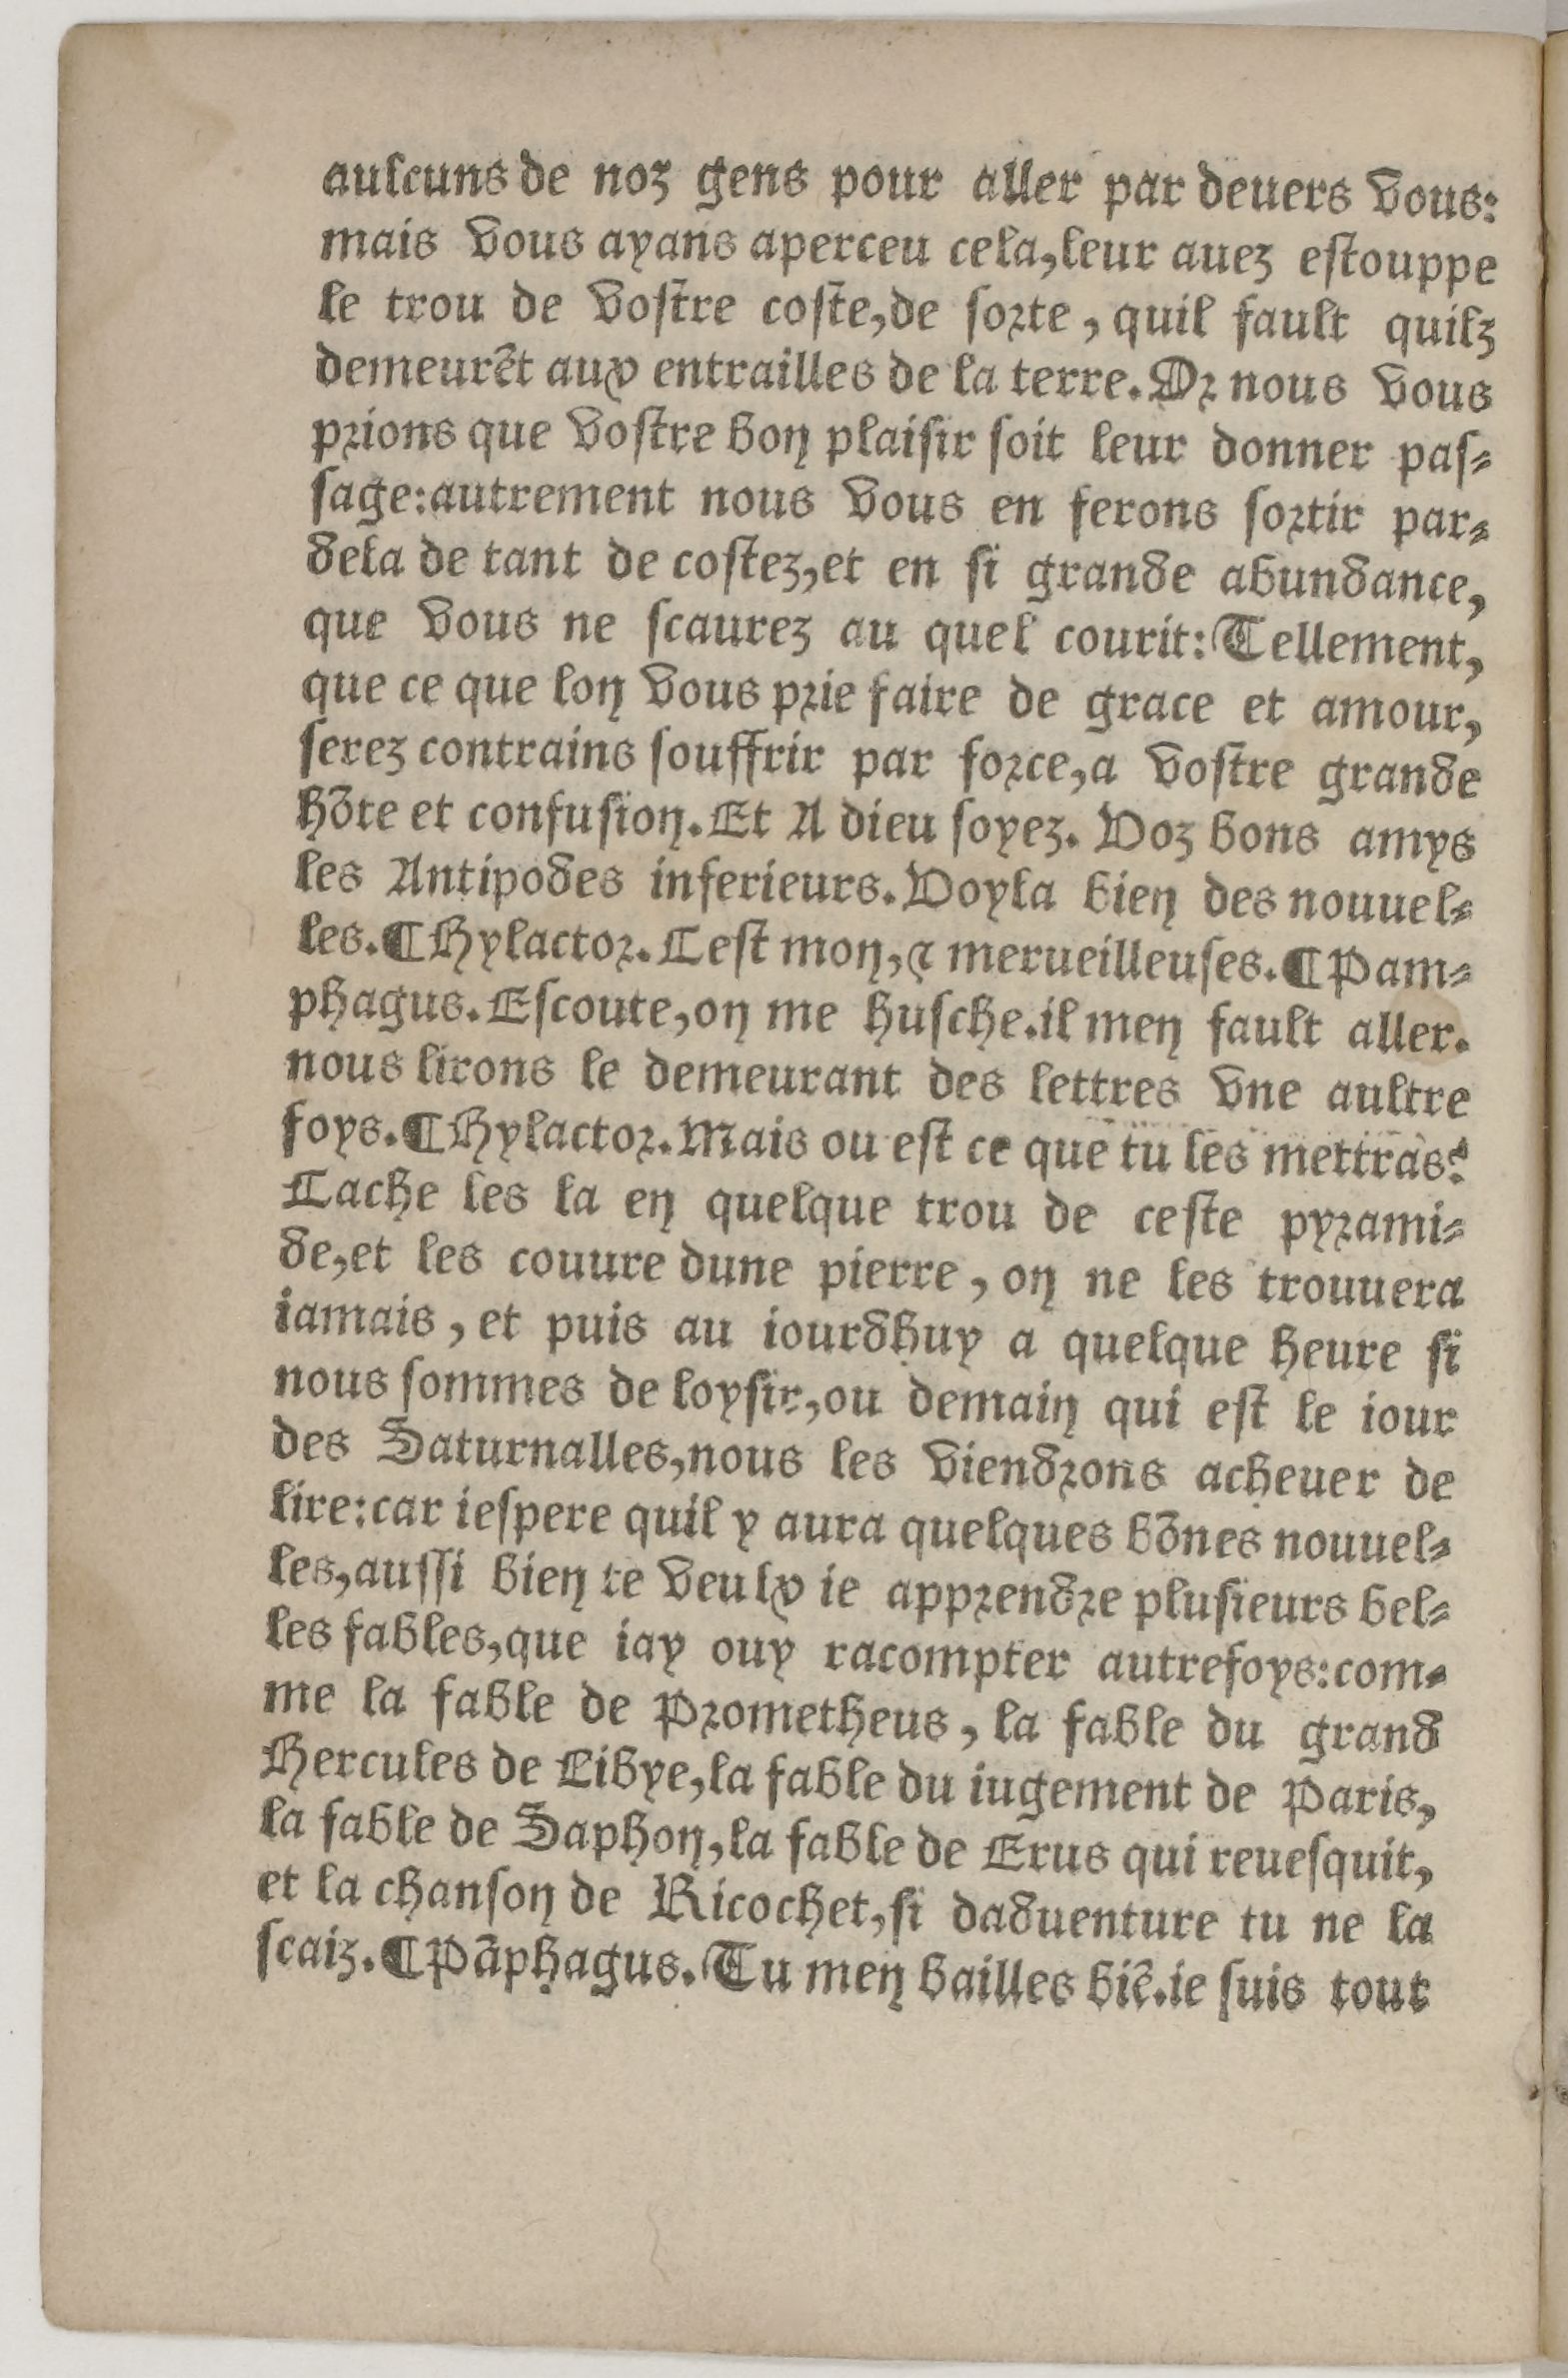
Shelfmark: Paris, BnF, Rés. Z-2442
Century: 16